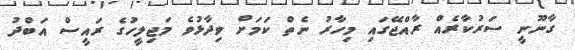
ގާނޫނީ ސަރުކާރެއް ރާއްޖޭގައި މިހާރު ނެތް ކަމަށް ވިދާޅުވެ މަޖިލީހުގެ ރައީސް އަބްދު